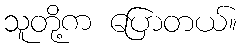
သူတို့က ပြောတယ်။